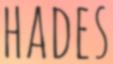
HADES